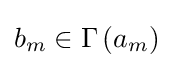
b_{m}\in \Gamma \left(a_{m}\right)